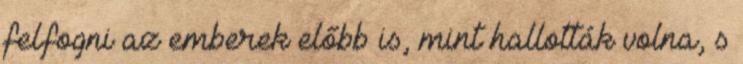
felfogni az emberek előbb is, mint hallották volna, s